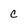
Character: c